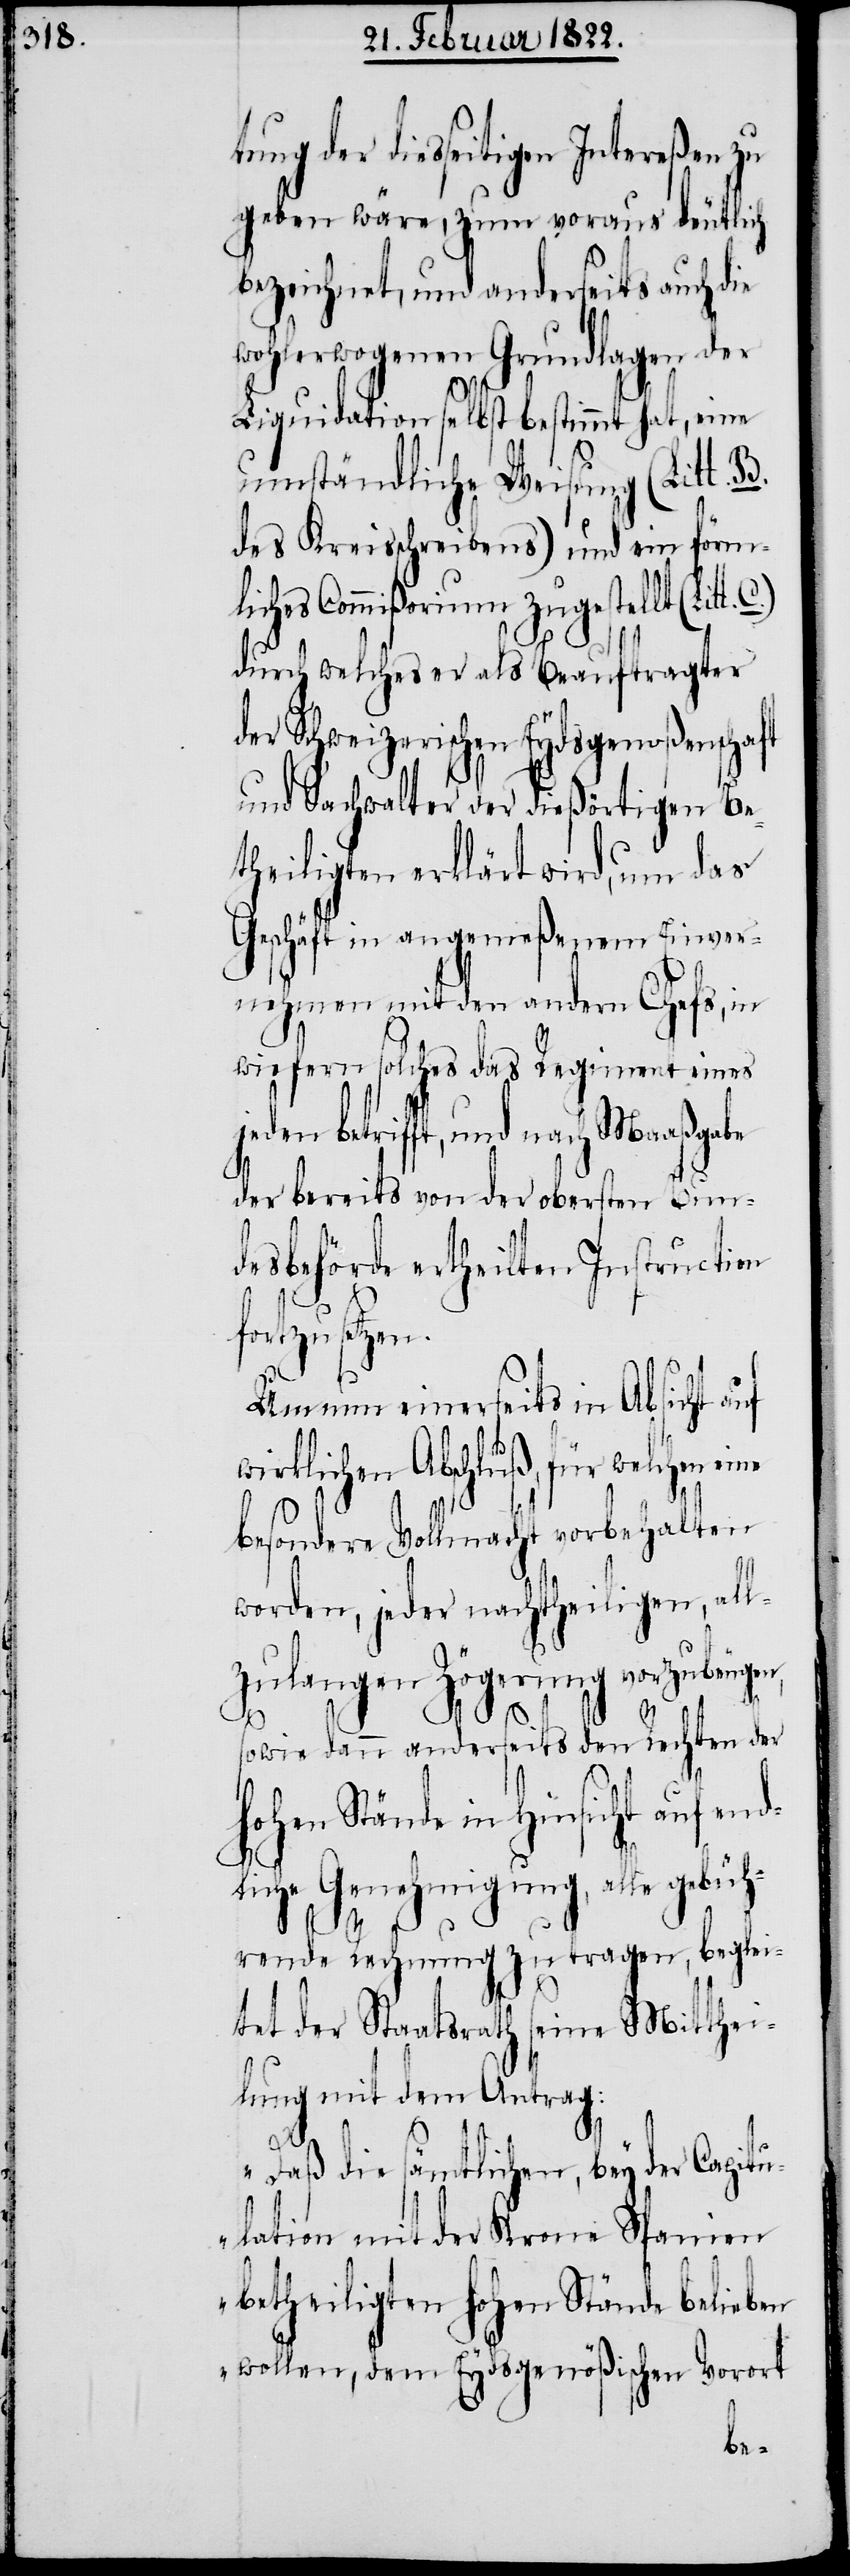
tung der diesseitigen Intereßen zu
geben wäre, zum voraus deutlich
bezeichnet, und anderseits auch die
wohlerwogenen Grundlagen der
Liquidation selbst bestimmt hat,
umständliche Weisung (Litt. B.
des Kreisschreibens) und ein förm¬
liches Commißorium zugestellt (Litt.
durch welches er als Beauftragter
der Schweizerischen Eydsgenoßenschaft
und Sachwalter der dießörtigen Be¬
theiligten erklärt wird, um das
Geschäft in angemeßenem Einver¬
nehmen mit den andern Chefs, in
wiefern solches das Regiment eines
betrifft, und nach Maaßgabe
der bereits von der obersten Bun¬
desbehörde ertheilten Instruction
Um nun einerseits in Absicht auf
wirklichen Abschluß, für welchen eine
besondere Vollmacht vorbehalten
worden, jeder nachtheiligen, al¬
lzulangen Zögerung vorzubeugen,
sowie dann anderseits den Rechten der
Hohen Stände in Hinsicht auf en¬
dliche Genehmigung, alle gebüh¬
rende Rechnung zu tragen, beglei¬
tet der Staatsrath seine Mitthei¬
lung mit dem Antrag:
„Daß die sämtlichen, bey der Capitu¬
lation mit der Krone Spanien
betheiligten Hohen Stände belieben
wollen, dem Eydsgenößischen Vorort